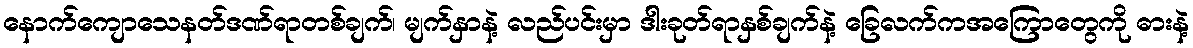
နောက်ကျောသေနတ်ဒဏ်ရာတစ်ချက်၊ မျက်နှာနဲ့ လည်ပင်းမှာ ဒါးခုတ်ရာနှစ်ချက်နဲ့ ခြေလက်ကအကြောတွေကို ဓားနဲ့